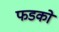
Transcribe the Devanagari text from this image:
फडको